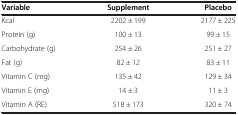
| Variable | Supplement | Placebo |
 | --- | --- | --- |
 | Kcal | 2202 ± 199 | 2177 ± 225 |
 | Protein (g) | 100 ± 13 | 99 ± 15 |
 | Carbohydrate (g) | 254 ± 26 | 251 ± 27 |
 | Fat (g) | 82 ± 12 | 83 ± 11 |
 | Vitamin C (mg) | 135 ± 42 | 129 ± 34 |
 | Vitamin E (mg) | 14 ± 3 | 11 ± 3 |
 | Vitamin A (RE) | 518 ± 173 | 320 ± 74 |